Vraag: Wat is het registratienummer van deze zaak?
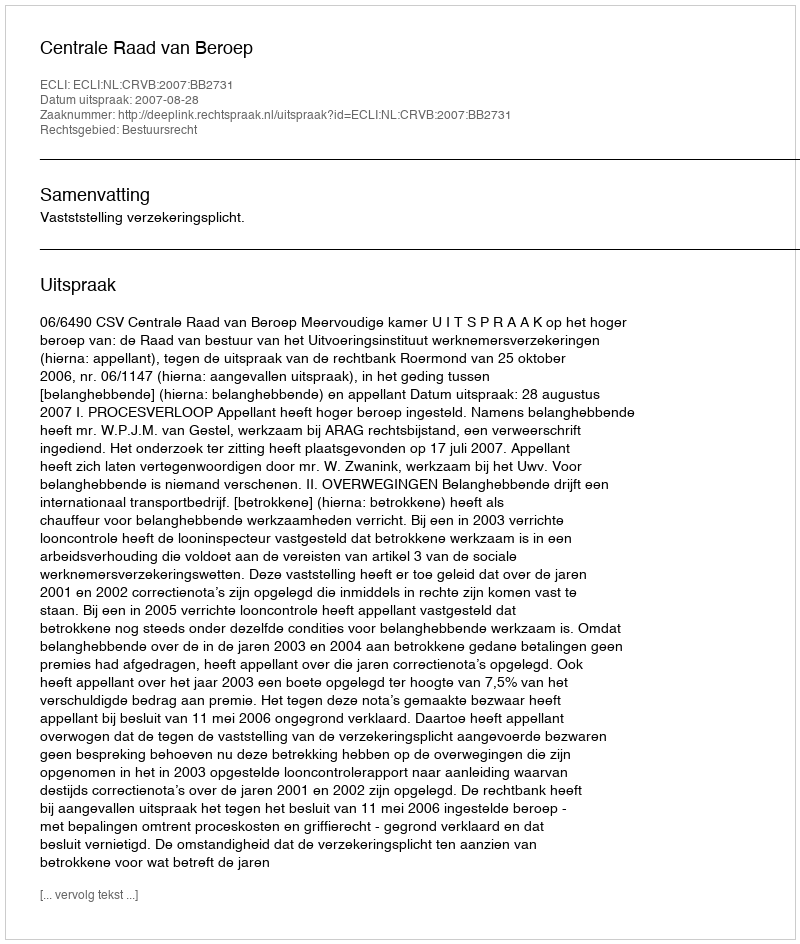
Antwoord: http://deeplink.rechtspraak.nl/uitspraak?id=ECLI:NL:CRVB:2007:BB2731